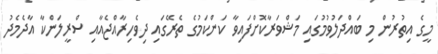
މީގެ އިތުރުން މި ބައްދަލުވުމުގައި މަޝްވަރާކޮށްފައިވާ ކަންކަމުގެ ތެރޭގައި ދިވެހިރާއްޖެއާއި ސްރީލަންކާ އާދެމެދު